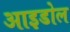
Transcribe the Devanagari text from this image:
आइडोल